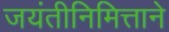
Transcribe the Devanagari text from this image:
जयंतीनिमित्ताने